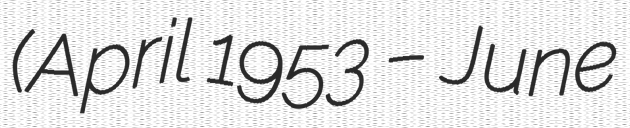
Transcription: (April 1953 – June